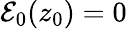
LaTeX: \mathcal{E}_{0}(z_{0})=0